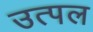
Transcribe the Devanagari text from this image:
उत्‍पल